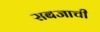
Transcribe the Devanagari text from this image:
सबजाची